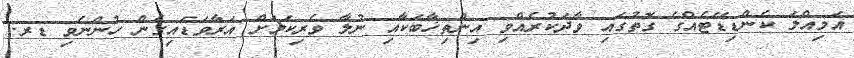
އަމިއްލަ ކެންޑިޑޭޓެއްގެ ގޮތުގައި ވާދަކުރެއްވި އިންތިޚާބަކާއި ނުލާ ވެރިކަމަށް އަރާވަޑައިގެން ހުންނެވި ޑރ.